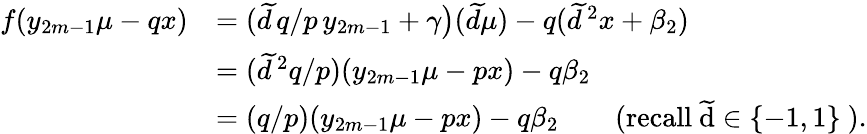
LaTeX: \begin{array}{rl}{f(y_{2m-1}\mu-qx)}&{=(\widetilde{d}\, q/p\, y_{2m-1}+\gamma\big)(\widetilde{d}\mu)-q(\widetilde{d}\, ^{2}x+\beta_{2})}\\ &{=(\widetilde{d}\, ^{2}{q/p})(y_{2m-1}\mu-px)-q\beta_{2}}\\ &{=(q/p)(y_{2m-1}\mu-px)-q\beta_{2}\qquad\mathrm{(recall~\widetilde{d}\in\{ -1,1\} ~)}.}\end{array}